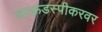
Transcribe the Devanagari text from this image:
लाऊडस्पीकरवर